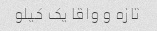
تازه و واقا‌ یک کیلو